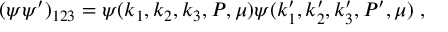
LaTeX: ( \psi \psi ^ { \prime } ) _ { 1 2 3 } = \psi ( k _ { 1 } , k _ { 2 } , k _ { 3 } , P , \mu ) \psi ( k _ { 1 } ^ { \prime } , k _ { 2 } ^ { \prime } , k _ { 3 } ^ { \prime } , P ^ { \prime } , \mu ) \; ,